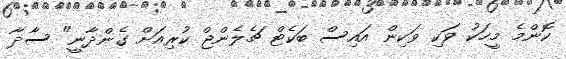
ކޮންމެ މީހަކު ވަކި ވަކިން އައިސް ބަކެޓް ޗެލެންޖް ކުރިއަށް ގެންދާނީ" ސާދާ